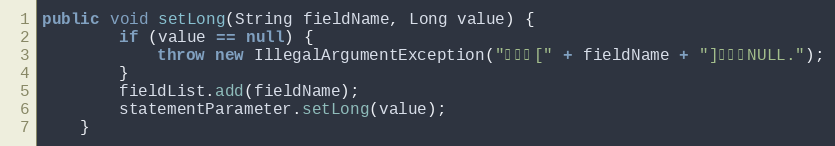
Language: Java
public void setLong(String fieldName, Long value) {
		if (value == null) {
			throw new IllegalArgumentException("参数值[" + fieldName + "]不能为NULL.");
		}
		fieldList.add(fieldName);
		statementParameter.setLong(value);
	}